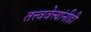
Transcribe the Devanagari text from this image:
तत्त्ववेत्त्यांनीही